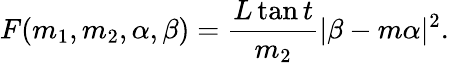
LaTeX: F(m_{1},m_{2},\alpha,\beta)=\frac{L\tan t}{m_{2}}|\beta-m\alpha|^{2}.